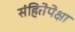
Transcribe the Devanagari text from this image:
संहितेपेक्षा